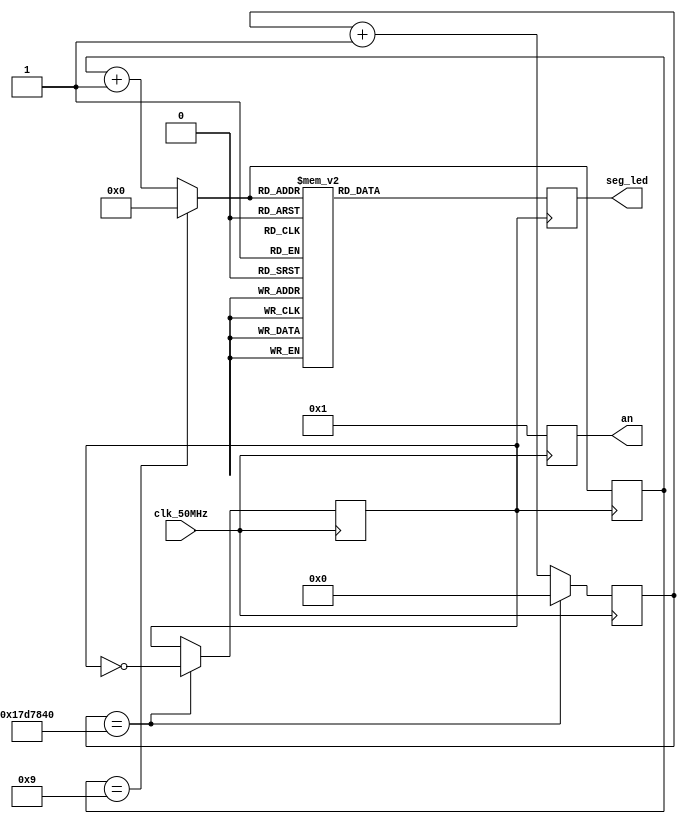
module ledcount(
  input wire clk_50MHz,
  output reg [6:0] seg_led,
  output reg [0:3] an
 
);

 reg [24:0] div_counter; 
  reg clk_1hz;
  reg clk_out;
  reg [3:0] count;
  
  always @(posedge clk_50MHz) begin
  an= 4'b0001;
    // Generate a 25 MHz clock by dividing the input clock by 2
    clk_1hz <= ~clk_1hz;

    // Divide the 25 MHz clock to obtain a 1 Hz signal
    if (div_counter == 25000000) begin
        clk_out <= ~clk_out;
        div_counter <= 0;
    end else begin
        div_counter <= div_counter + 1;
		
    end
end

  always @(posedge clk_out) begin
  if (count==9)
  begin
  count=0;
  end
  else
  begin
  count = count + 1;
  end
  
    case (count[3:0])
      4'b0000: seg_led <= 7'b0000001; // 0
      4'b0001: seg_led <= 7'b1111001; // 1
      4'b0010: seg_led <= 7'b0010010; // 2
      4'b0011: seg_led <= 7'b0000110; // 3
      4'b0100: seg_led <= 7'b1001100; // 4
      4'b0101: seg_led <= 7'b0100100; // 5
      4'b0110: seg_led <= 7'b0100000; // 6
      4'b0111: seg_led <= 7'b0001111; // 7
      4'b1000: seg_led <= 7'b0000000; // 8
      4'b1001: seg_led <= 7'b0000100; // 9
      default: seg_led <= 7'b1111111; // All segments off for invalid count
    endcase
  end

endmodule